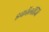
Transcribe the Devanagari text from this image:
इकॉलॉजि